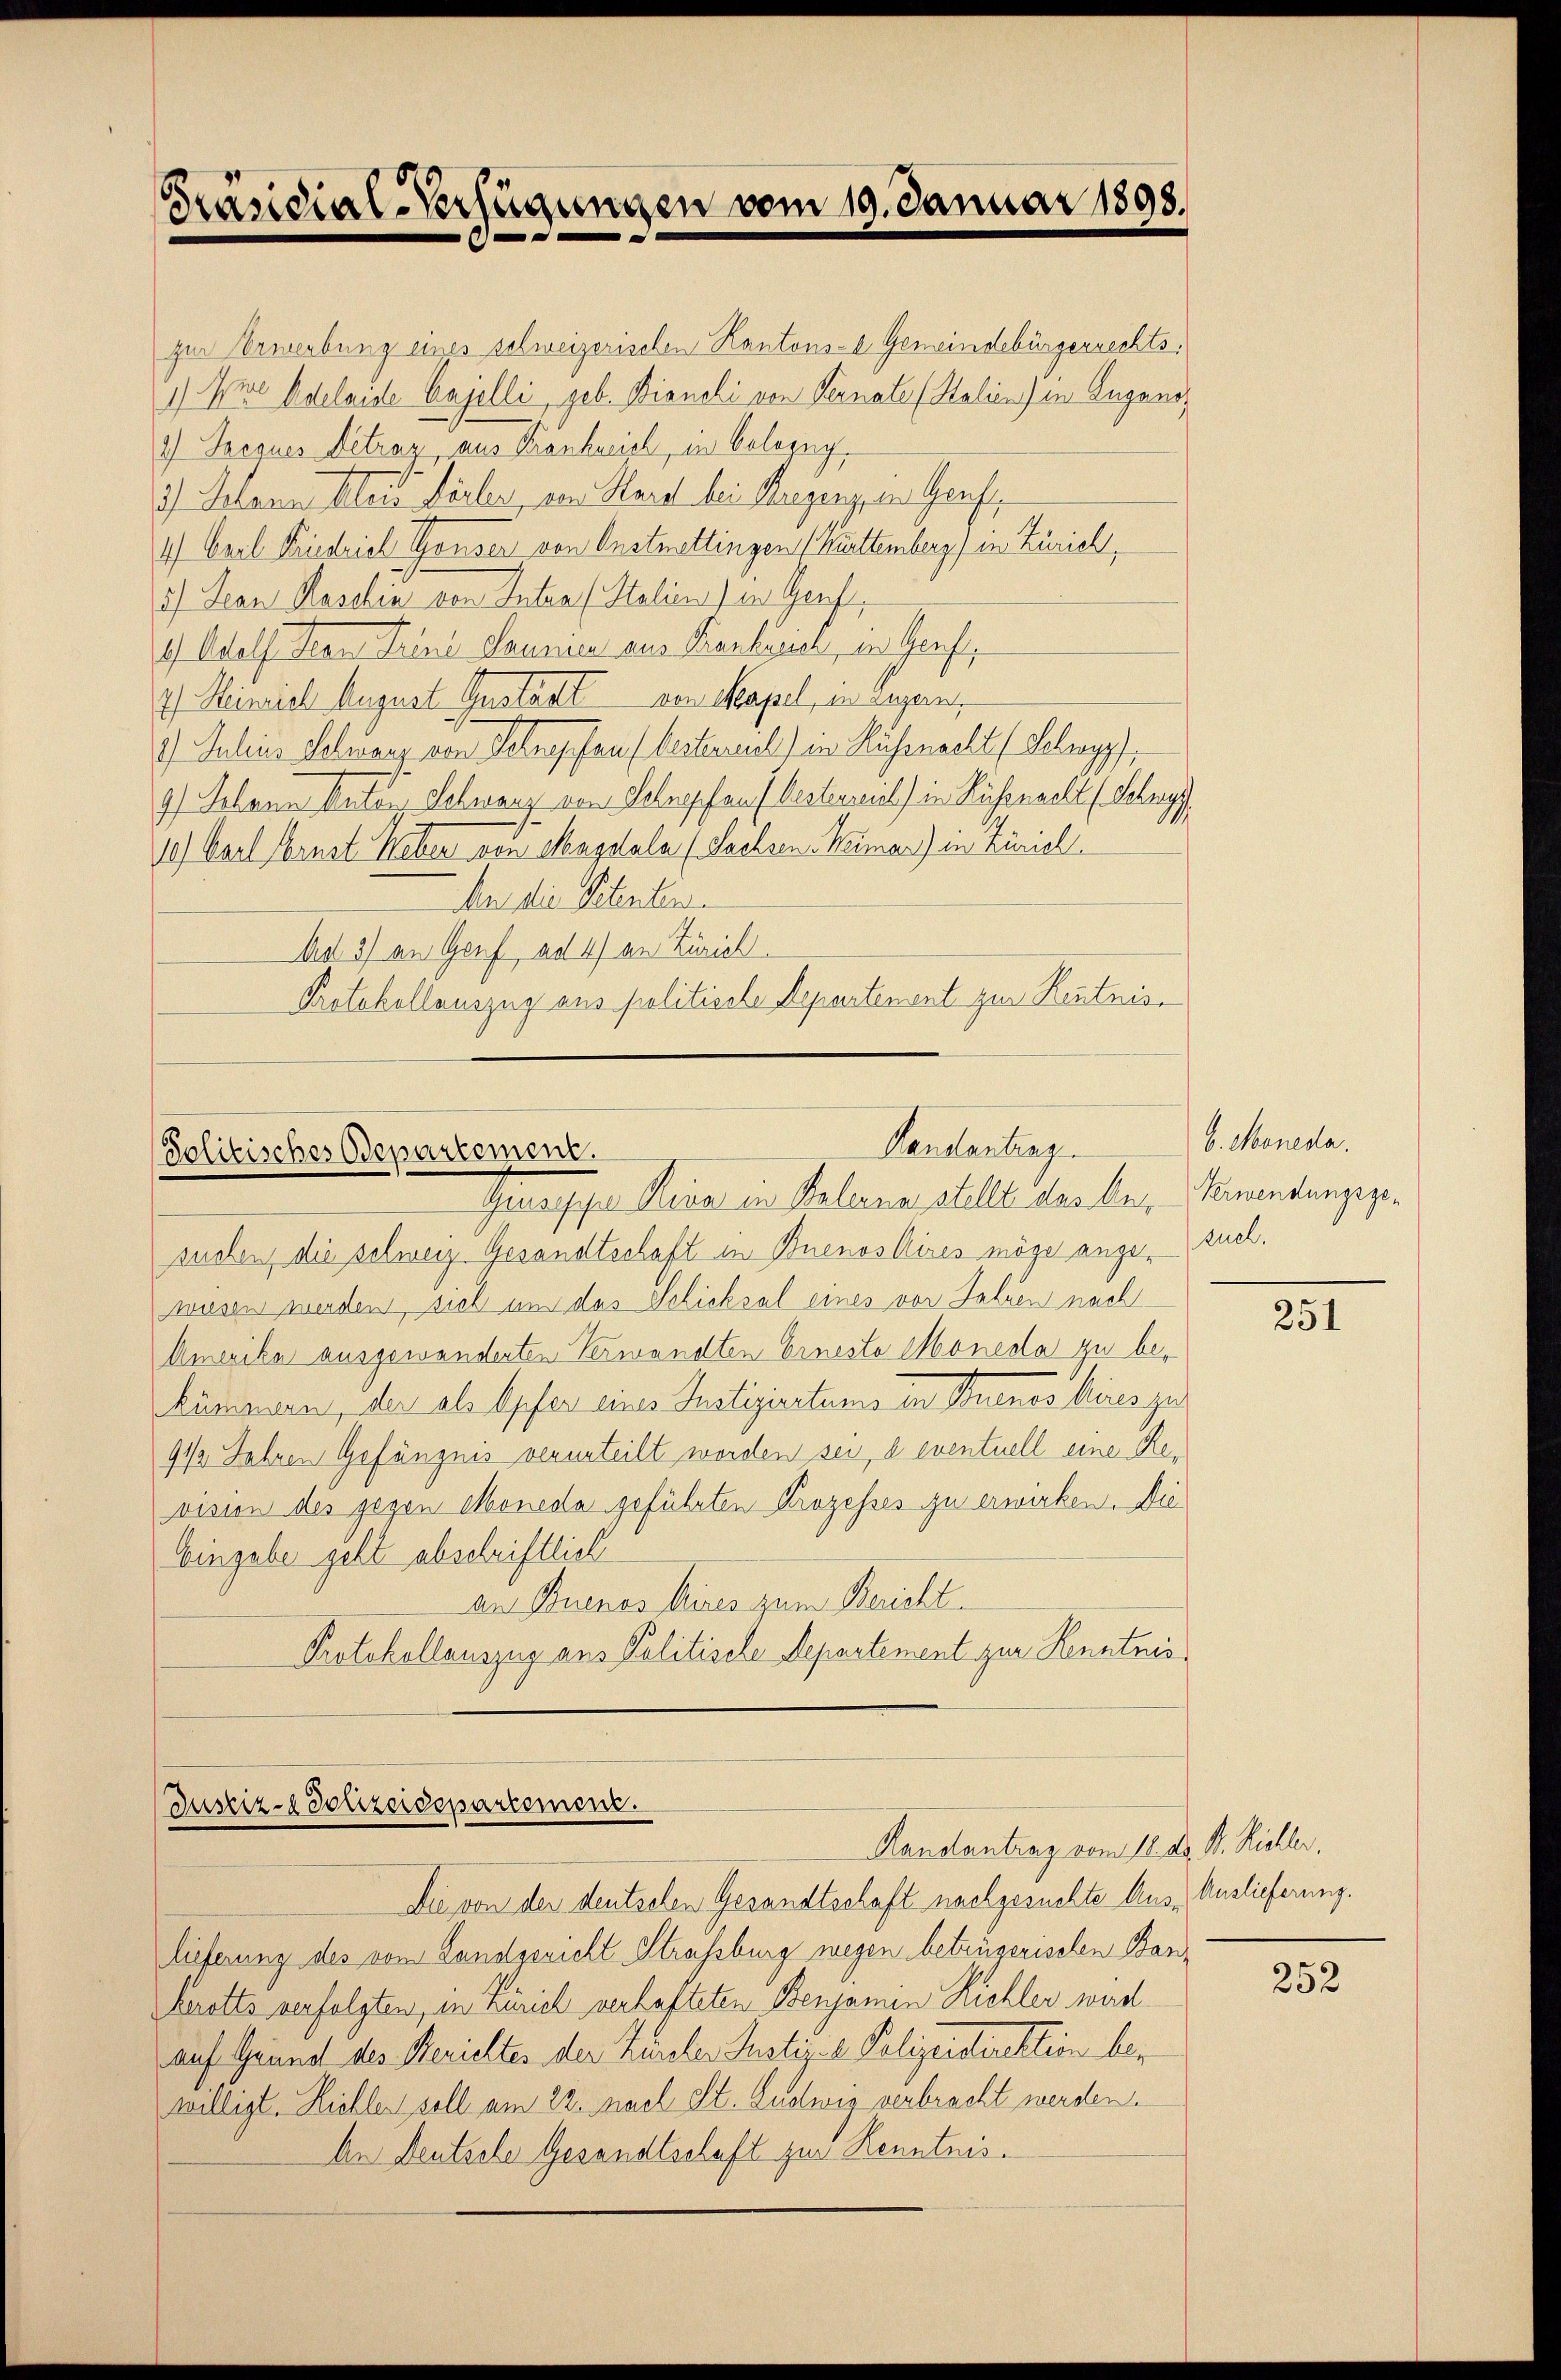
Präsidial-Verfügungen vom 19. Januar 1898.

Pendantrage
Solitisches Departement.
Gerapper Reue in Belana stellt danken Komentangeze

zur Erwerbung eines schweizerischen Kantons-C. Gemeindebürgerrechts.
1) Wie Adelaide Cajelli, geb. Bianchi von Vernate (Stalien) in Zugano,
1.) Jacques Betrag, aus Krankreich, in belozug¬
3) Johann Alois Förber, von Hard bei Segenz, in Genf,
4.) Carl Friedrich Gonser von Anstettingen (Buttemberg) in Zürich,
5) Seon Haselin von Intra (Italien) in Genf,
1) Adolf Jean Trini Saumer aus Frankiewicz, in Genft,
2) Heinrich August Gustant von Kapel, er augen,
) Julius Schwarz von Schroffen (besternerel) in Küssnacht (Schypf,
9) Schren Vater, Schwarz von Sehnepfauf besterreiel) in Küssnacht (Schrey
1) Karl Ernst Weber von Magdale (Sachsen Weimar) in Zürich
Da die Petenten
Ad 3) an Genf ad 4) an Zürich
Protokollauszug aus politische Repartensent zur Kentnis¬

Justiz-Polizeidepartement.
Handantrag vom 18. ds. S. Richler.

suchen die schweiz Gesandtschaft in Buenos Aires möge ange-Zuel.
wiesen werden, sich um das Schicksal eines vor Jahren nach
Amerika ausgewanderten Verwandten Eineste Moneda zu behimmenen, der als Opfer eines Justiziertums den Buenos Aires zu
9½ Jahren Gefängnis verurteilt worden sei, d eventuell eine Revision des gegen Moneda geführten Prozesses zu erwirken. Die
Eingabe geht abschriftlich
an Buenos Aires zum Bericht.
Protokollauszug aus Politische Departement zur Kenntnis

Die von der deutschen Gesandtschaft nachgesuchte Aus Auslieferung.
lieferung des vom Landgericht Strassburg wegen betrügerischen Bar¬
Krotts verfolgten, in Zürich verlafteten Benjamin Richler werd
auf Grund des Berichtes der Kunster Justiz- & Polizeidirektion bewilligt. Hiehler soll am 22. nach St. Ludwig verbracht werden.
An Deutsele Gesandtschaft zur Kenntnis.

6. Moneda.

251

252